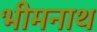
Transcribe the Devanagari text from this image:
भीमनाथ